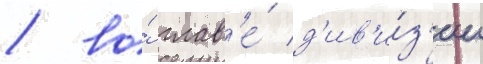
/ во́ глав'е́ д'ив'и́з'ии